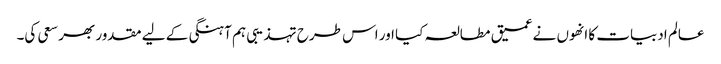
عالم ادبیات کا انھوں نے عمیق مطالعہ کیا اور اس طرح تہذیبی ہم آہنگی کے لیے مقدور بھر سعی کی۔